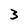
Character: 3